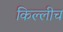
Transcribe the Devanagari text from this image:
किल्लीच